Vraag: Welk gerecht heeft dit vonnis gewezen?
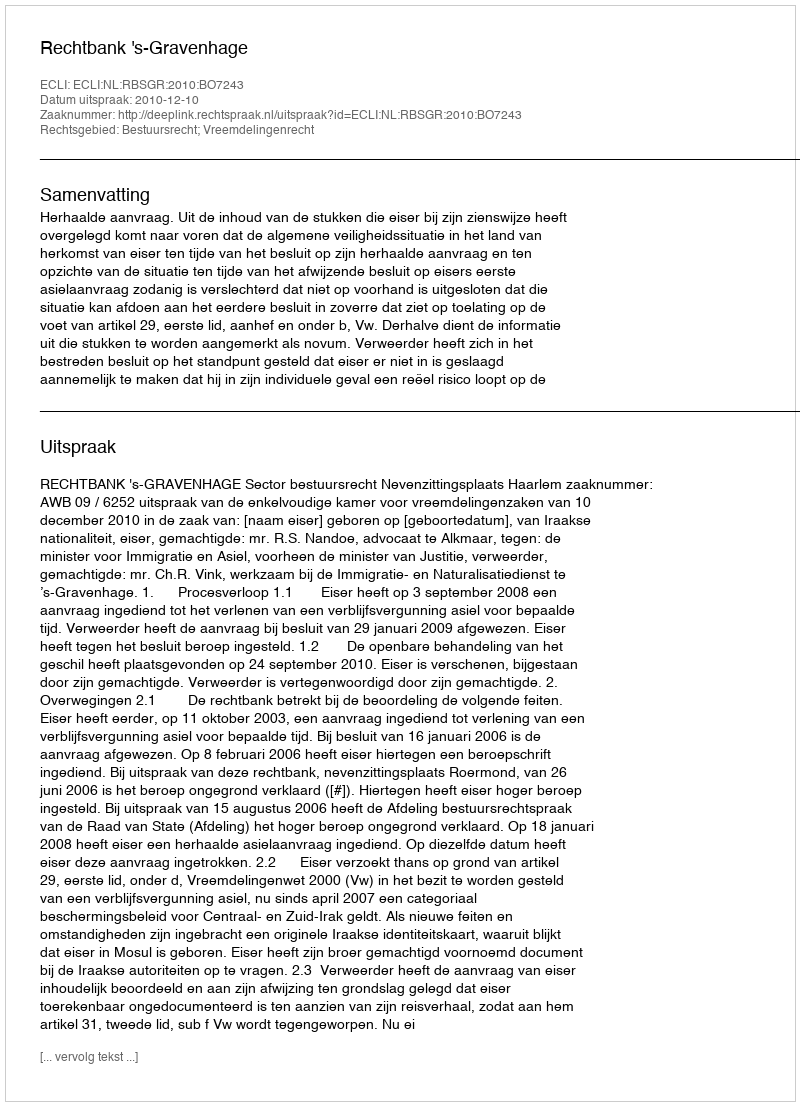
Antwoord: Rechtbank 's-Gravenhage